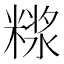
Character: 𰫊